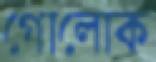
গোলোক